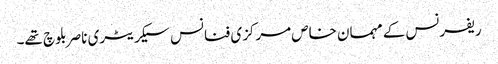
ریفرنس کے مہمان خاص مرکزی فنانس سیکریٹری ناصر بلوچ تھے۔